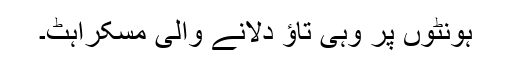
ہونٹوں پر وہی تاؤ دلانے والی مسکراہٹ۔